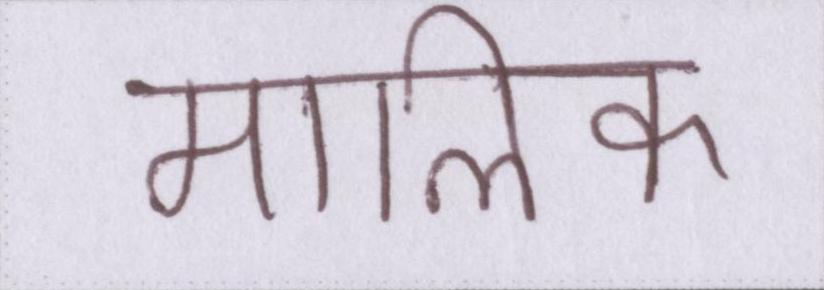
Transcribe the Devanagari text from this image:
मालिक